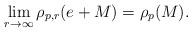
LaTeX: \begin{align*}\lim_{r \to \infty} \rho_{p,r}(e+M) = \rho_p(M).\end{align*}